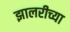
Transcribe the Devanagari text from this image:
झालरीच्या